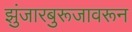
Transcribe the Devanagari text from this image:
झुंजारबुरूजावरून